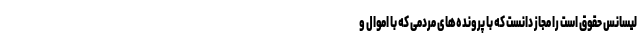
لیسانس حقوق است را مجاز دانست که با پرونده‌های مردمی که با اموال و